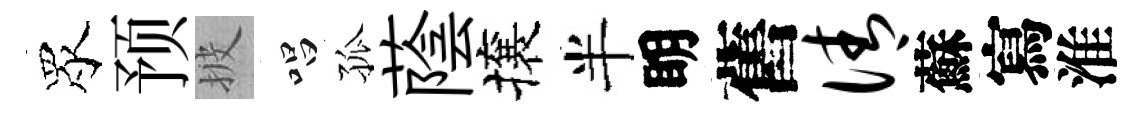
眾预披唱孤蔭攘半眀舊倩蘇寫淮